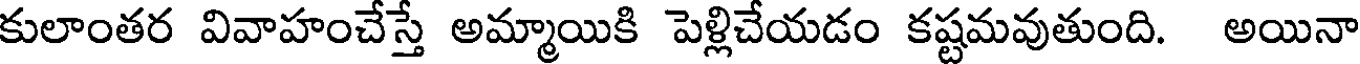
కులాంతర వివాహంచేస్తే అమ్మాయికి పెళ్లిచేయడం కష్టమవుతుంది. అయినా